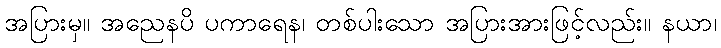
အပြားမှ။ အညေနပိ ပကာရေန၊ တစ်ပါးသော အပြားအားဖြင့်လည်း။ နယာ၊